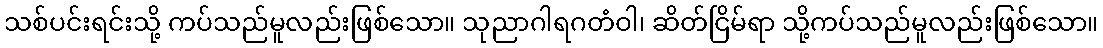
သစ်ပင်းရင်းသို့ ကပ်သည်မူလည်းဖြစ်သော။ သုညာဂါရဂတံဝါ၊ ဆိတ်ငြိမ်ရာ သို့ကပ်သည်မူလည်းဖြစ်သော။